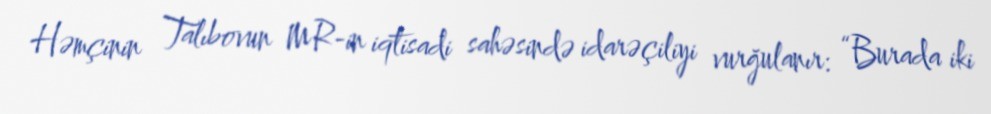
Həmçinin Talıbovun MR-in iqtisadi sahəsində idarəçiliyi vurğulanır: “Burada iki